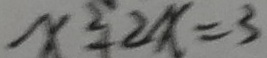
x ^ { 2 } + 2 x = 3